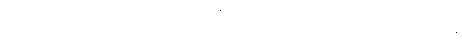
စတုဗ္ဗိဓာယ ဧကာဟမ္ပိ တဒဟူတိ ပုရာဏပေါတ္ထကေသု ဒသာဟပရမံ